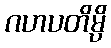
ဂဟပတိမ္ပိ